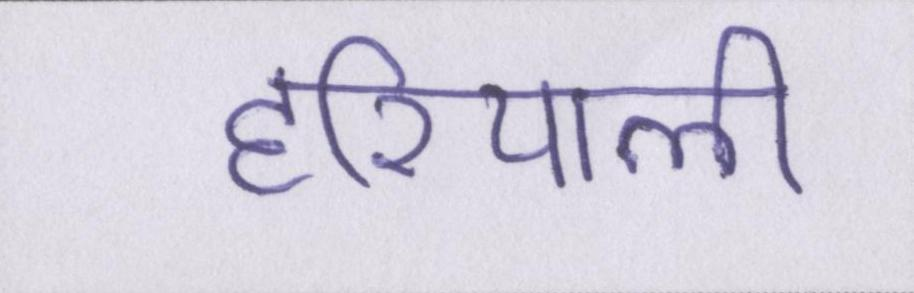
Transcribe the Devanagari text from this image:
हरियाली